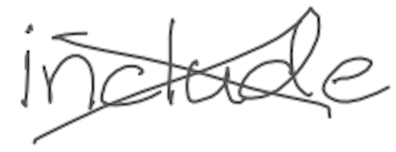
Text: include
Cross-out: cross
Writing tool: digital_gray